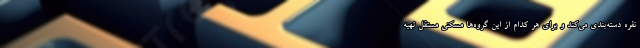
نفره دسته‌بندی می‌کند و برای هر کدام از این گروه‌ها مسکنی مستقل تهیه